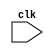
module synchronous_block (
    input wire clk,
    // other input signals here
);

// internal state variables and signals here

always @(negedge clk) begin
    // behavior description here
end

endmodule